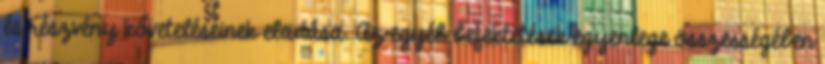
és részvény követeléseinek eladása. Az egyéb befektetések egyenlege összességében